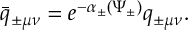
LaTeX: \bar { q } _ { \pm \mu \nu } = e ^ { - \alpha _ { \pm } ( \Psi _ { \pm } ) } q _ { \pm \mu \nu } .